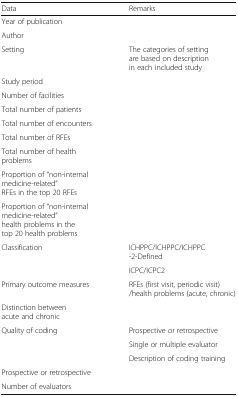
| Data | Remarks |
 | --- | --- |
 | Year of publication |  |
 | Author |  |
 | Setting | The categories of setting are based on description in each included study |
 | Study period |  |
 | Number of facilities |  |
 | Total number of patients |  |
 | Total number of encounters |  |
 | Total number of RFEs |  |
 | <COLSPAN=2> Total number of health problems |
 | <COLSPAN=2> Proportion of “non-internal medicine-related”RFEs in the top 20 RFEs |
 | <COLSPAN=2> Proportion of “non-internal medicine-related”health problems in the top 20 health problems |
 | Classification | ICHPPC/ICHPPC/ICHPPC-2-Defined |
 |  | ICPC/ICPC2 |
 | Primary outcome measures | RFEs (first visit, periodic visit)/health problems (acute, chronic) |
 | <COLSPAN=2> Distinction between acute and chronic |
 | Quality of coding | Prospective or retrospective |
 |  | Single or multiple evaluator |
 |  | Description of coding training |
 | <COLSPAN=2> Prospective or retrospective |
 | Number of evaluators |  |